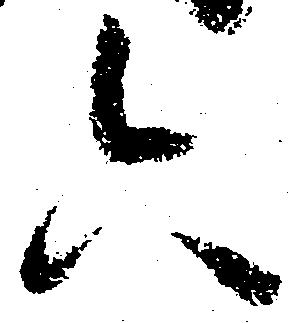
六